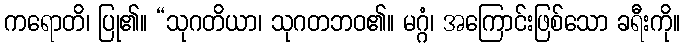
ကရောတိ၊ ပြု၏။ “သုဂတိယာ၊ သုဂတဘဝ၏။ မဂ္ဂံ၊ အကြောင်းဖြစ်သော ခရီးကို။